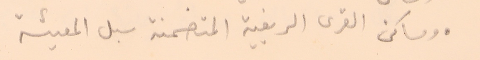
● ومساكن القرى الريفية المتضمنة سبل المعيشة